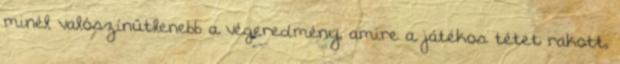
minél valószínűtlenebb a végeredmény, amire a játékos tétet rakott,